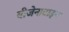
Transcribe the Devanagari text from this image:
बीजेनाटाइन